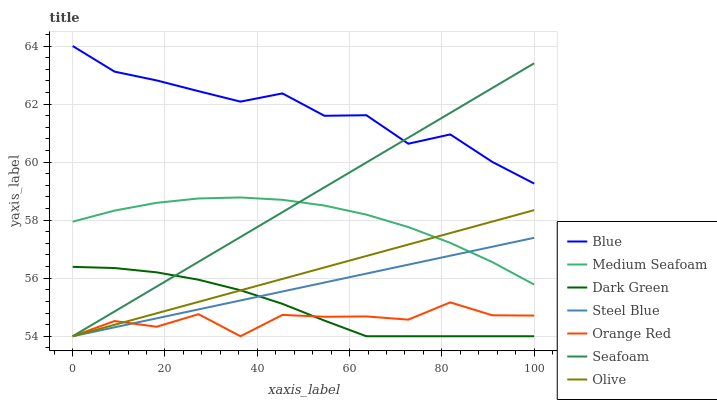
| xaxis_label | Blue | Medium Seafoam | Dark Green | Steel Blue | Orange Red | Seafoam | Olive |
 | --- | --- | --- | --- | --- | --- | --- | --- |
 | 0 | 64 | 57.9 | 56.4 | 54 | 54 | 54 | 54 |
 | 9.09 | 63.1 | 58.3 | 56.4 | 54.3 | 54.5 | 54.9 | 54.4 |
 | 18.2 | 62.8 | 58.6 | 56.2 | 54.6 | 54.3 | 55.7 | 54.8 |
 | 27.3 | 62.4 | 58.7 | 55.9 | 54.9 | 54.8 | 56.6 | 55.2 |
 | 36.4 | 62.1 | 58.8 | 55.6 | 55.2 | 54 | 57.4 | 55.6 |
 | 45.5 | 62.4 | 58.7 | 55.1 | 55.5 | 54.7 | 58.3 | 56 |
 | 54.5 | 61.6 | 58.5 | 54.5 | 55.9 | 54.7 | 59.1 | 56.4 |
 | 63.6 | 61.6 | 58.2 | 54 | 56.2 | 54.7 | 60 | 56.8 |
 | 72.7 | 60.6 | 57.8 | 54 | 56.5 | 54.6 | 60.8 | 57.2 |
 | 81.8 | 61 | 57.2 | 54 | 56.8 | 55.2 | 61.7 | 57.6 |
 | 90.9 | 60 | 56.6 | 54 | 57.1 | 54.7 | 62.6 | 58 |
 | 100 | 59.3 | 55.8 | 54 | 57.4 | 54.7 | 63.4 | 58.3 |